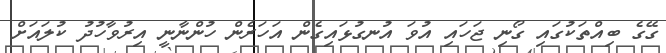
ގޭގެ ބިއްތަކުގައި ގޯނި ޖަހައި އުވަ އުނގުޅައިގެން އަހަރެން ހުންނާނީ އިރުވާހުދު ކުލައަށް